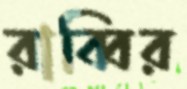
রাব্বির